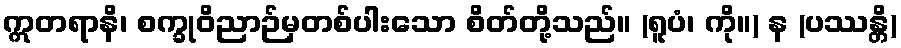
ဣတရာနိ၊ စက္ခုဝိညာဉ်မှတစ်ပါးသော စိတ်တို့သည်။ (ရူပံ၊ ကို။) န (ပဿန္တိ)